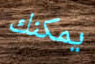
يمكنك